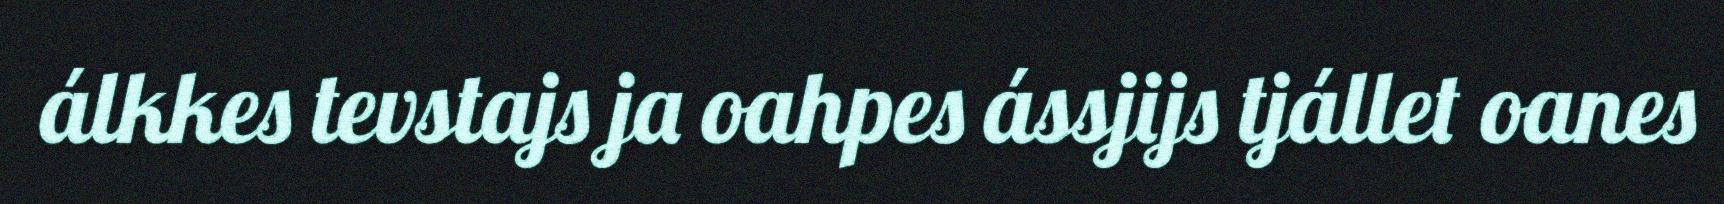
álkkes tevstajs ja oahpes ássjijs tjállet oanes